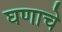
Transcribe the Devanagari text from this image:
घणाचे